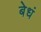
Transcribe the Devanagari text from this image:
बेधं